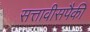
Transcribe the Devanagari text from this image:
सत्तावीसपैकी